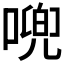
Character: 𱔍